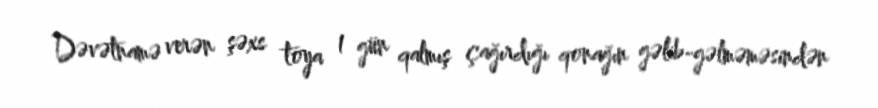
Dəvətnamə verən şəxs toya 1 gün qalmış çağırdığı qonağın gəlib-gəlməməsindən